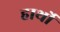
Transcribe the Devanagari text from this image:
हार्थों